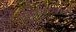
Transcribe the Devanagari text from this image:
चकत्यांखाली